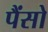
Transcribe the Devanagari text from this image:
पैंसो